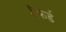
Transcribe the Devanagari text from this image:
सैफर्ड